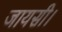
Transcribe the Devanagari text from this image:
जायसी।